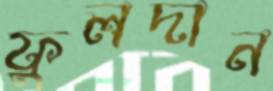
ফুলদান